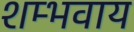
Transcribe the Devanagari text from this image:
शम्भवाय